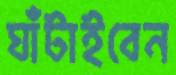
ঘাঁটাইবেন